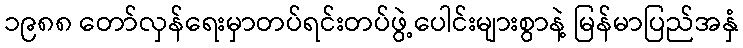
၁၉၈၈ တော်လှန်ရေးမှာတပ်ရင်းတပ်ဖွဲ့ပေါင်းများစွာနဲ့ မြန်မာပြည်အနှံ